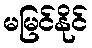
မမြင်နိုင်